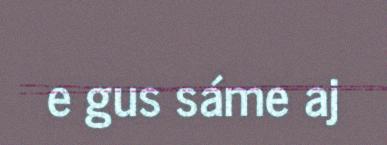
e gus sáme aj